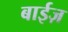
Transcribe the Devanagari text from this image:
बाईज़